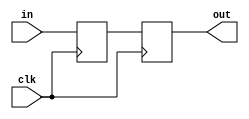
`timescale 1ns / 1ps

module ProgramCounter (
        input clk,
        input[31:0] in,
        output reg [31:0] out
    );
    reg [31:0] pc;

    initial begin
        pc = 0;
        out = 0;
    end

    always @(posedge clk) begin
        out = pc;
    end

    always @(negedge clk) begin
        pc = in;
    end
endmodule // ProgramCounter